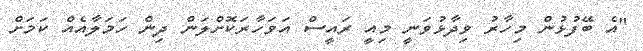
"އެ ބޭފުޅުން މިހާރު ވިދާޅުވަނީ މިއީ ރައީސް އަވަހާރަކޮށްލަން ދިން ހަމަލާއެއް ކަމަށް